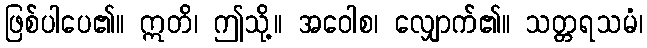
ဖြစ်ပါပေ၏။ ဣတိ၊ ဤသို့။ အဝေါစ၊ လျှောက်၏။ သတ္တရသမံ၊